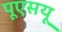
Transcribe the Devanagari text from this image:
पूएसयू